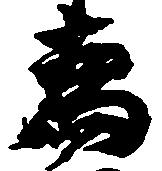
為